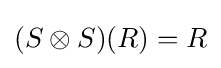
(S\otimes S)(R)=R